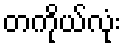
တကိုယ်လုံး